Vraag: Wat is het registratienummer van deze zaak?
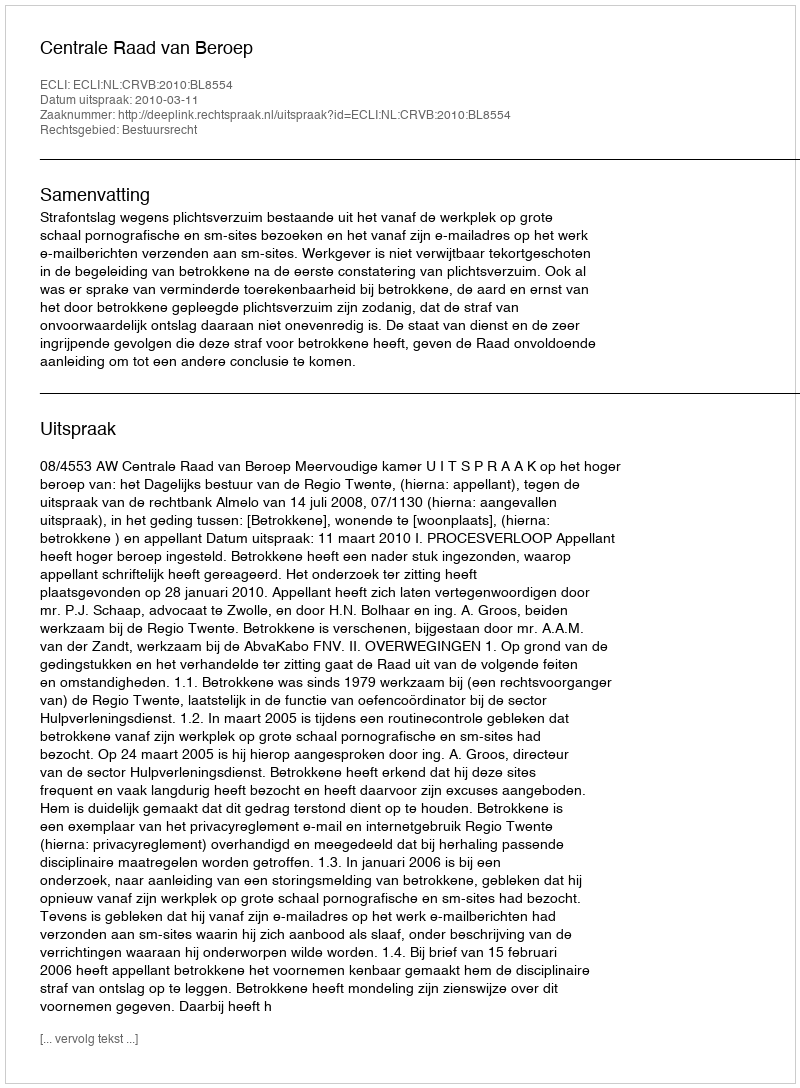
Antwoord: http://deeplink.rechtspraak.nl/uitspraak?id=ECLI:NL:CRVB:2010:BL8554